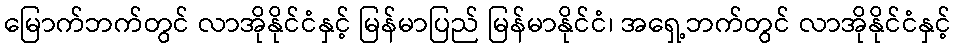
မြောက်ဘက်တွင် လာအိုနိုင်ငံနှင့် မြန်မာပြည် မြန်မာနိုင်ငံ၊ အရှေ့ဘက်တွင် လာအိုနိုင်ငံနှင့်